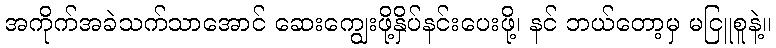
အကိုက်အခဲသက်သာအောင် ဆေးကျွေးဖို့နှိပ်နင်းပေးဖို့၊ နင် ဘယ်တော့မှ မငြူစူနဲ့။